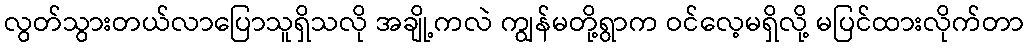
လွတ်သွားတယ်လာပြောသူရှိသလို အချို့ကလဲ ကျွန်မတို့ရွာက ဝင်လေ့မရှိလို့ မပြင်ထားလိုက်တာ